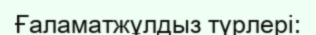
Ғаламатжұлдыз түрлері: